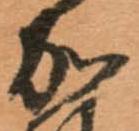
加